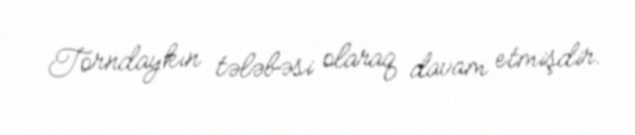
Torndaykın tələbəsi olaraq davam etmişdir.